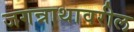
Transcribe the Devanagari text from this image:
जगन्नाथावरील